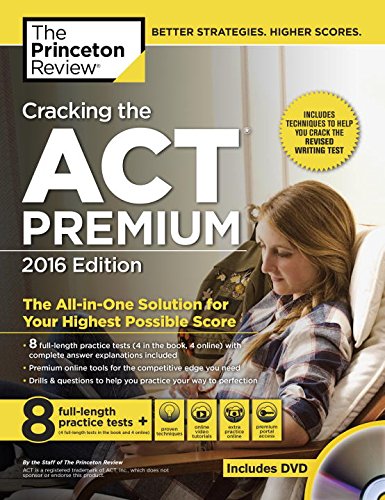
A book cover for Cracking the ACT Premium Edition with 8 Practice Tests and DVD, 2016 (College Test Preparation); Princeton Review; Test Preparation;